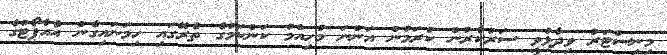
މިނިސްޓަރު ވިދާޅުވީ ސަރުކާރުން ކުރަމުން އަންނަ މުހިއްމު ކަންކަމުގެ ތެރޭގައި ހިމަނައިގެން އެއާޕޯޓުގެ